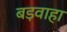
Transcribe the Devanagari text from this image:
बड़वाहा